Report of the Imperial Institute of Veterinary Research, Muktesar
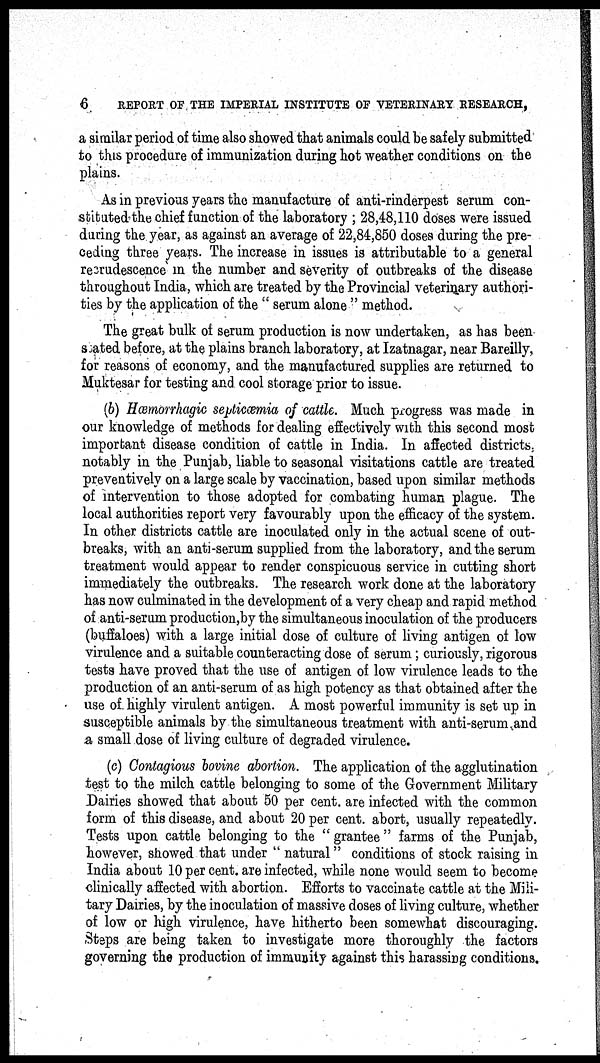
6
REPORT OF THE IMPERIAL INSTITUTE OF VETERINARY RESEARCH,
a similar period of time also showed that animals could be safely submitted
to this procedure of immunization during hot weather conditions on the
plains.
As in previous years the manufacture of anti-rinderpest serum con-
stituted the chief function of the laboratory ; 28,48,110 doses were issued
during the year, as against an average of 22,84,850 doses during the pre-
ceding three years. The increase in issues is attributable to a general
recrudescence in the number and severity of outbreaks of the disease
throughout India, which are treated by the Provincial veterinary authori-
ties by the application of the " serum alone " method.
The great bulk of serum production is now undertaken, as has been
stated before, at the plains branch laboratory, at Izatnagar, near Bareilly,
for reasons of economy, and the manufactured supplies are returned to
Muktesar for testing and cool storage prior to issue.
(b) Hæmorrhagic septicæmia of cattle. Much progress was made in
our knowledge of methods for dealing effectively with this second most
important disease condition of cattle in India. In affected districts,
notably in the Punjab, liable to seasonal visitations cattle are treated
preventively on a large scale by vaccination, based upon similar methods
of intervention to those adopted for combating human plague. The
local authorities report very favourably upon the efficacy of the system.
In other districts cattle are inoculated only in the actual scene of out-
breaks, with an anti-serum supplied from the laboratory, and the serum
treatment would appear to render conspicuous service in cutting short
immediately the outbreaks. The research work done at the laboratory
has now culminated in the development of a very cheap and rapid method
of anti-serum production,by the simultaneous inoculation of the producers
(buffaloes) with a large initial dose of culture of living antigen of low
virulence and a suitable counteracting dose of serum ; curiously, rigorous
tests have proved that the use of antigen of low virulence leads to the
production of an anti-serum of as high potency as that obtained after the
use of. highly virulent antigen. A most powerful immunity is set up in
susceptible animals by the simultaneous treatment with anti-serum and
a small dose of living culture of degraded virulence.
(c) Contagious bovine abortion. The application of the agglutination
test to the milch cattle belonging to some of the Government Military
Dairies showed that about 50 per cent. are infected with the common
form of this disease, and about 20 per cent. abort, usually repeatedly.
Tests upon cattle belonging to the " grantee " farms of the Punjab,
however, showed that under " natural " conditions of stock raising in
India about 10 per cent. are infected, while none would seem to become
clinically affected with abortion. Efforts to vaccinate cattle at the Mili-
tary Dairies, by the inoculation of massive doses of living culture, whether
of low or high virulence, have hitherto been somewhat discouraging.
Steps are being taken to investigate more thoroughly the factors
governing the production of immunity against this harassing conditions.